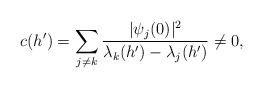
\begin{align*}c(h')=\sum_{j\ne k}\frac{|\psi_{j}(0)|^{2}}{\lambda_{k}(h')-\lambda_{j}(h')}\ne0,\end{align*}